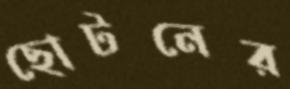
ছোটনের